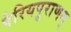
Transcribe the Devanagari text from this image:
पेरियपुराणम्